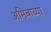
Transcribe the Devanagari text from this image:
अमिबाच्या